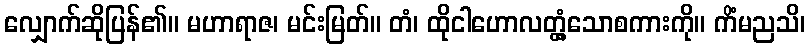
လျှောက်ဆိုပြန်၏။ မဟာရာဇ၊ မင်းမြတ်။ တံ၊ ထိုငါဟောလတ္တံ့သောစကားကို။ ကိံမညသိ၊